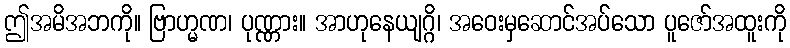
ဤအမိအဘကို။ ဗြာဟ္မဏ၊ ပုဏ္ဏား။ အာဟုနေယျဂ္ဂိ၊ အဝေးမှဆောင်အပ်သော ပူဇော်အထူးကို